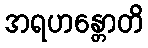
အရဟန္တောတိ